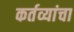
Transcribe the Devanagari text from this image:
कर्तव्यांचा